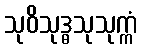
သုဝိသုဒ္ဓသုသုက္ကံ